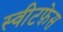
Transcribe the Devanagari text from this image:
स्वीटफ़ेस